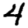
Digit: 4